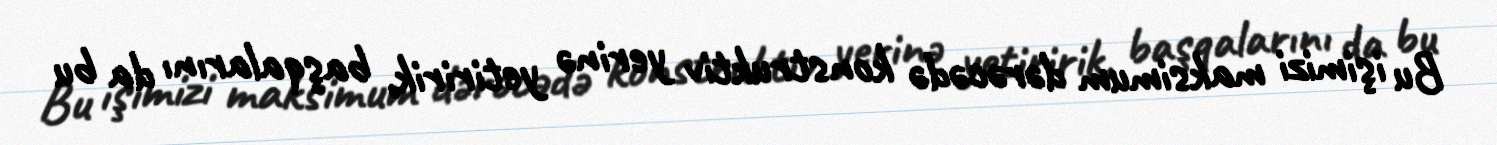
Bu işimizi maksimum dərəcədə konstruktiv yerinə yetiririk, başqalarını da bu